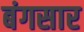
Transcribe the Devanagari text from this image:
बंगसार